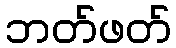
ဘတ်ဖတ်